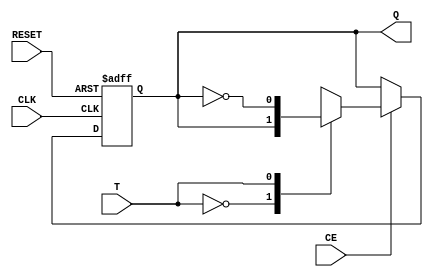
`timescale 1ns / 1ps

module FF_T_CE(
    input T,
    input CLK,
    input RESET,
    input CE,
    output reg Q
    );
    
    always @ (posedge CLK or posedge RESET)
    begin
        if(RESET)
            Q = 1'b0;
        else if (CE)begin
        case(T)
            1'b0 : Q =Q;
            1'b1 : Q =!Q;
        endcase
        end
    end
    
endmodule